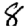
Digit: 8